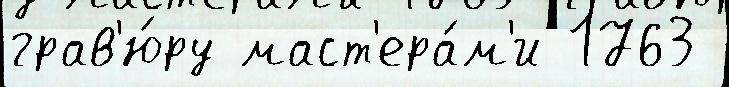
грав'ю́ру маст'ера́м'и 1763